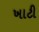
ખાટી